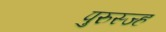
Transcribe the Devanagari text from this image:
पुरुस्ज्ह